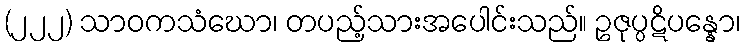
(၂၂၂) သာဝကသံဃော၊ တပည့်သားအပေါင်းသည်။ ဥဇုပ္ပဋိပန္နော၊